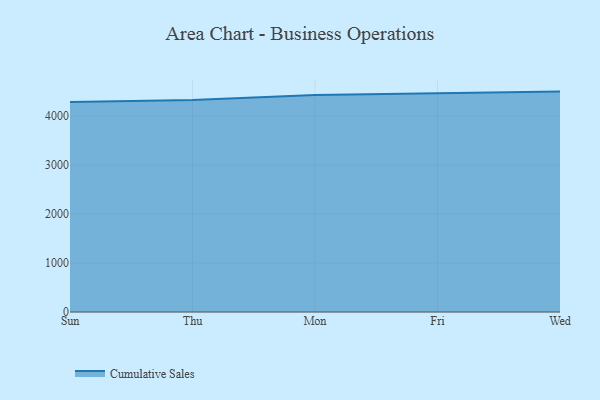
{"axis": {"x": "Day", "y": "Backlog"}, "legend": ["Cumulative Sales"], "data": [{"x": "Sun", "y": 4287.6, "type": "Cumulative Sales"}, {"x": "Thu", "y": 4329.1, "type": "Cumulative Sales"}, {"x": "Mon", "y": 4431.4, "type": "Cumulative Sales"}, {"x": "Fri", "y": 4459.8, "type": "Cumulative Sales"}, {"x": "Wed", "y": 4501.4, "type": "Cumulative Sales"}]}